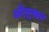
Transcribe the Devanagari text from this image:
औत्सुक्यम